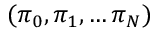
( \pi _ { 0 } , \pi _ { 1 } , \ldots \pi _ { N } )